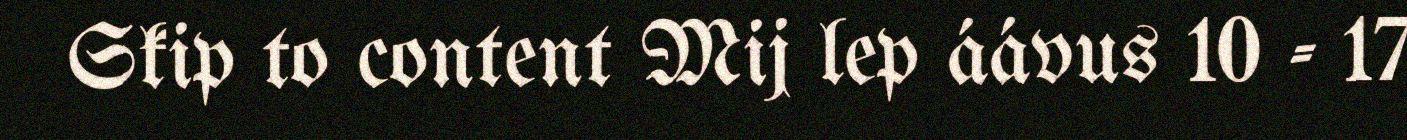
Skip to content Mij lep áávus 10 - 17